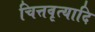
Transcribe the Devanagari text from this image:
चित्तवृत्यादि